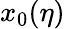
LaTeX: x_{0}(\eta)